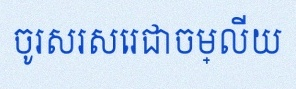
ចូរសរសេរជាចម្លើយ